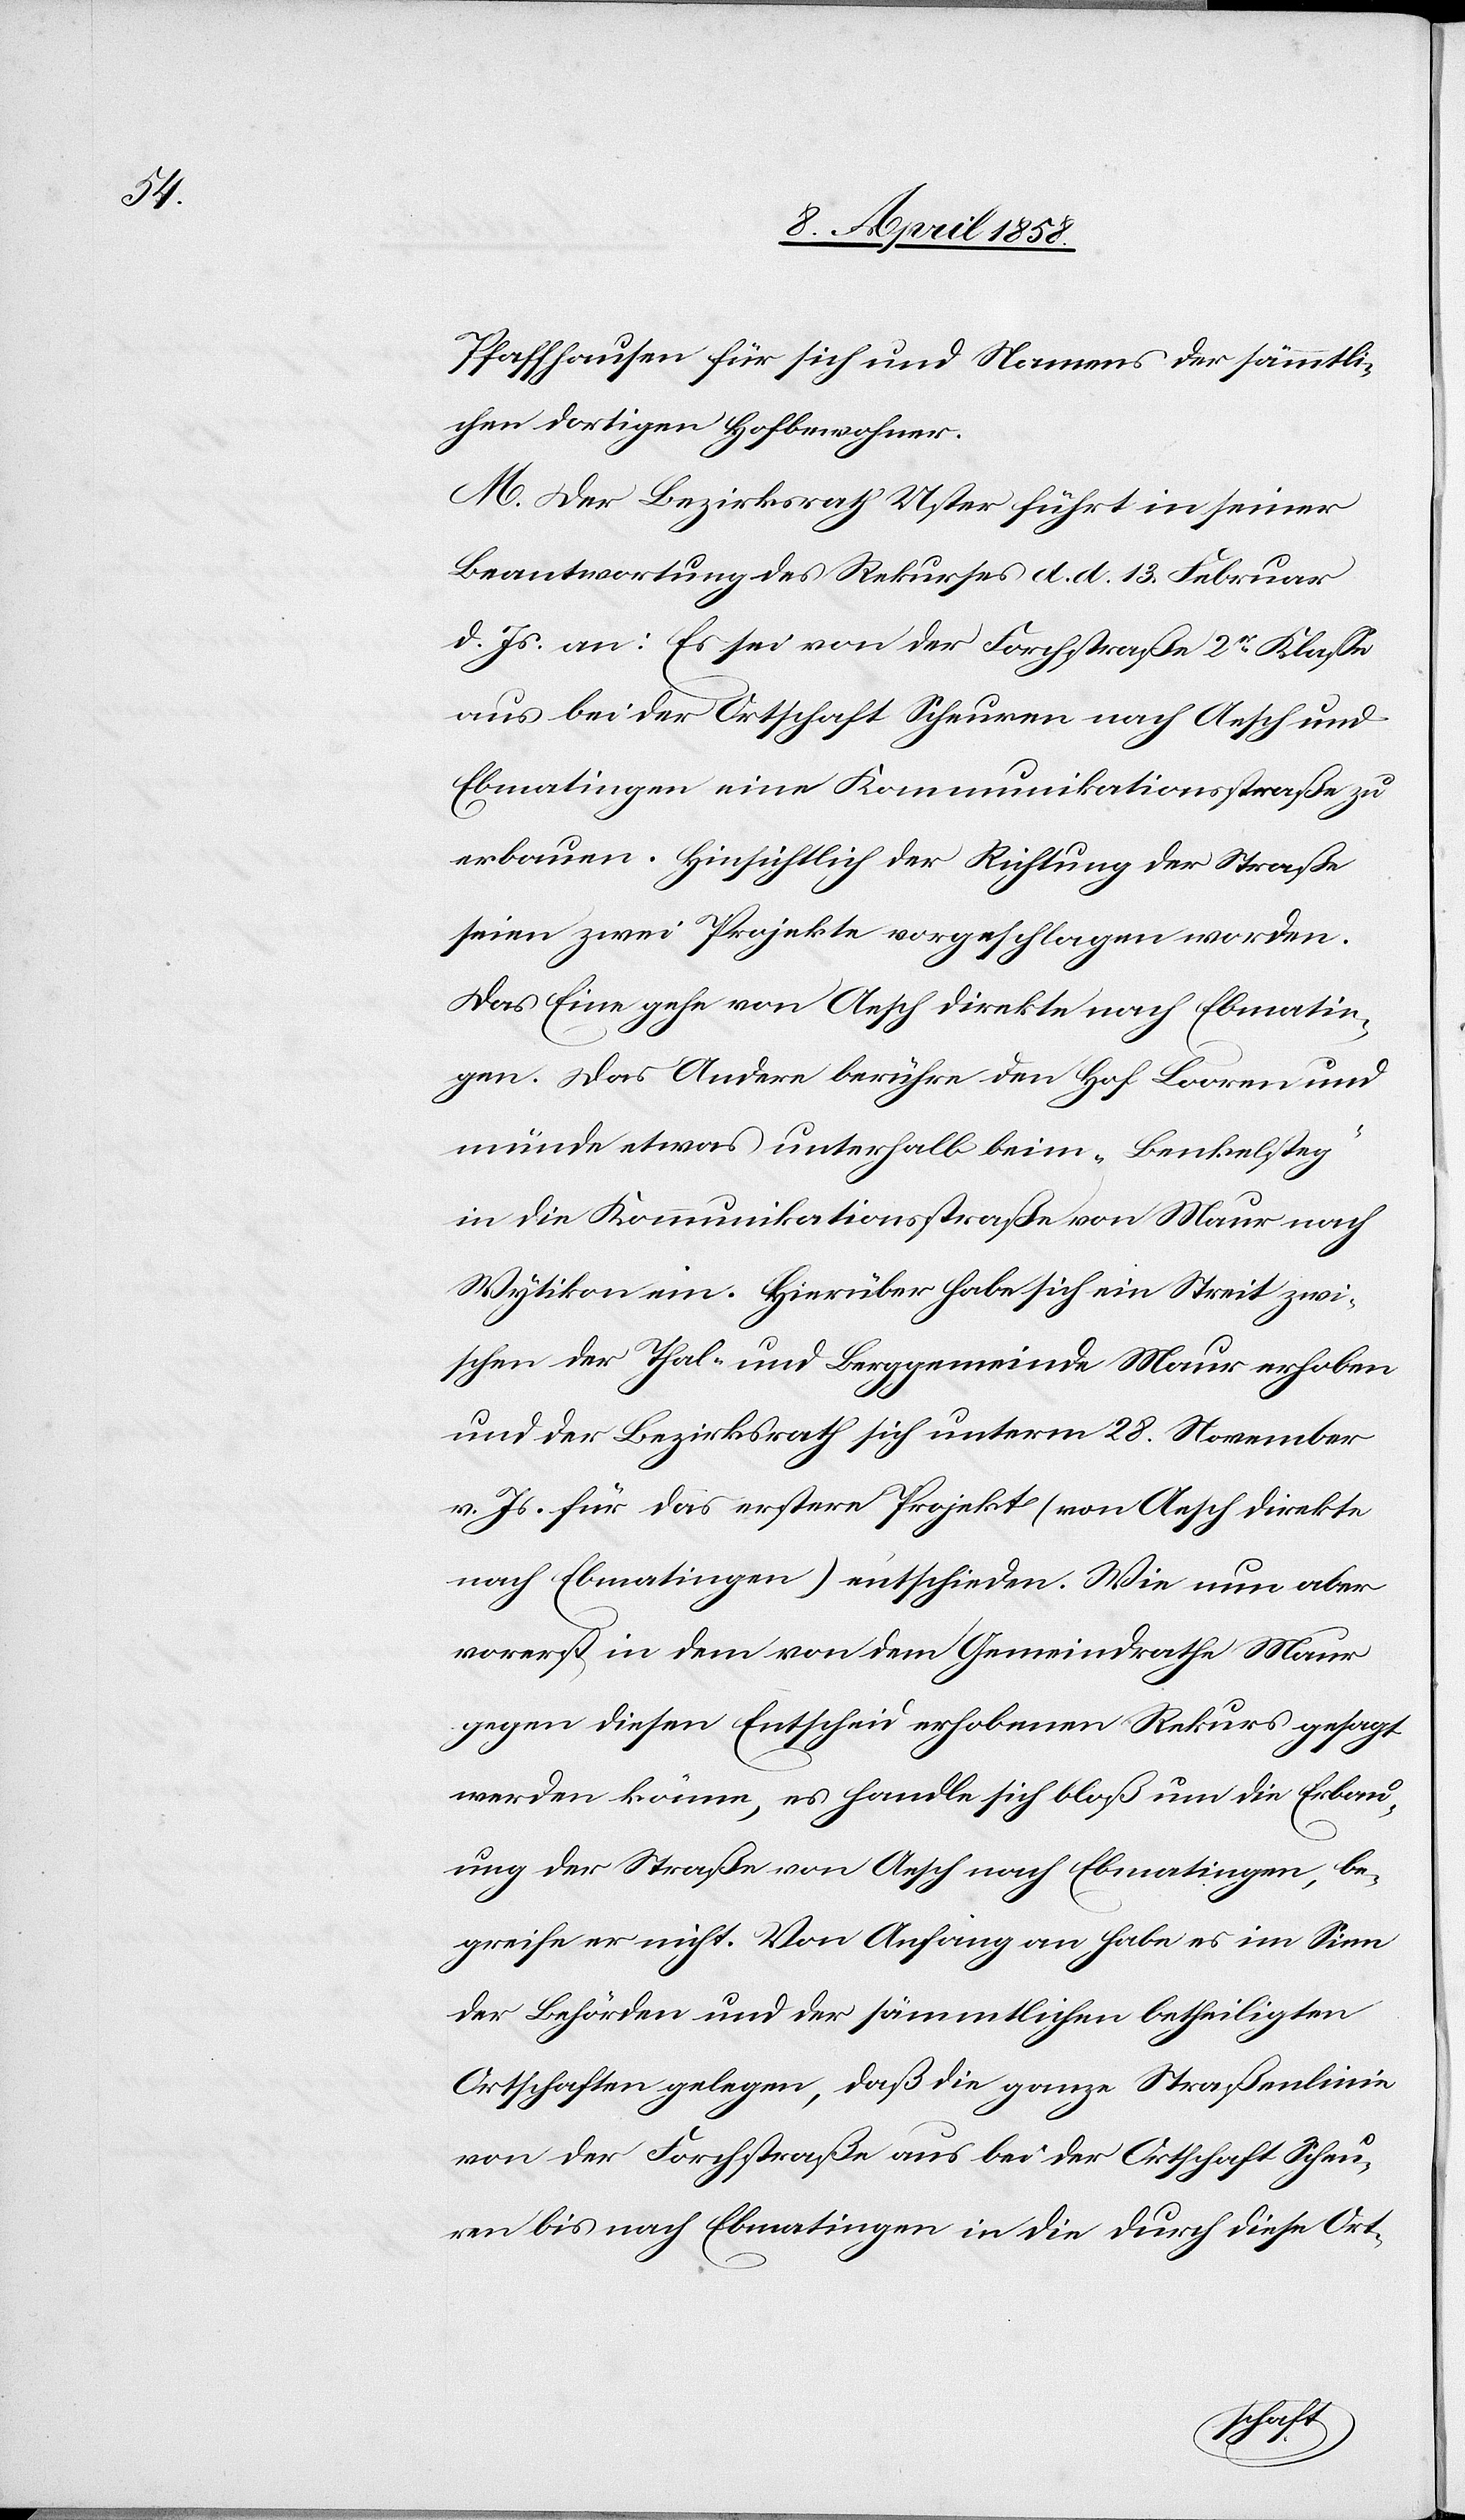
Pfaffhausen für sich und Namens der sämmtli¬
chen dortigen Hofbewohner.
M. Der Bezirksrath Uster führt in seiner
Beantwortung des Rekurses d. d. 13. Februar
d. Js. an: Es sei von der Forchstraße 2r Klasse
aus bei der Ortschaft Scheuren nach Aesch und
Ebmatingen eine Kommunikationsstraße zu
erbauen. Hinsichtlich der Richtung der Straße
seien zwei Projekte vorgeschlagen worden.
Das Eine gehe von Aesch direkte nach Ebmatin¬
gen. Das Andere berühre den Hof Looren und
münde etwas unterhalb beim „Benkelsteg“
in die Kommunikationsstraße von Maur nach
Wytikon ein. Hierüber habe sich ein Streit zwi¬
schen der Thal- und Berggemeinde Maur erhoben
und der Bezirksrath sich unterm 28. November
v. Js. für das erstere Projekt (von Aesch direkte
nach Ebmatingen) entschieden. Wie nun aber
vorerst in dem von dem Gemeindrathe Maur
gegen diesen Entscheid erhobenen Rekurs gesorgt
werden könne, es handle sich bloß um die Erbau¬
ung der Straße von Aesch nach Ebmatingen, be¬
greife er nicht. Von Anfang an habe es im Sinn
der Behörden und der sämmtlichen betheiligten
Ortschaften gelegen, daß die ganze Straßenlinie
von der Forchstraße aus bei der Ortschaft Scheu¬
ren bis nach Ebmatingen in die durch diese Ort-